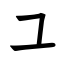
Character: ユ